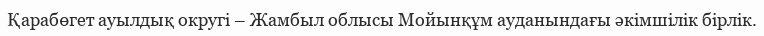
Қарабөгет ауылдық округі – Жамбыл облысы Мойынқұм ауданындағы әкімшілік бірлік.